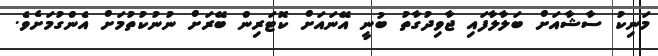
މަނިކު ސާޝާއަށް ބަލާލާފައި ޖާވިދުގާތު ބުނީ އޭނައަށް ކޮޓަރިން ބޭރަށް ނުނުކުތުމަށް އެންގުމަށެވެ.